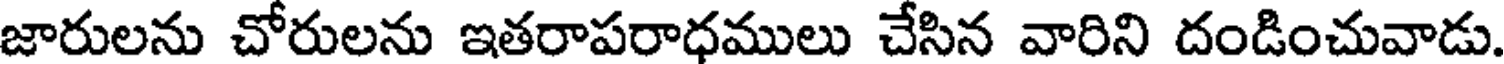
జారులను చోరులను ఇతరాపరాధములు చేసిన వారిని దండించువాడు.